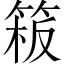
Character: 𥯈